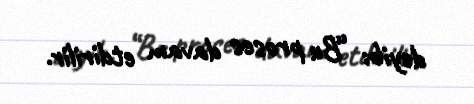
deyib: “Bu proses davam etdirilir.